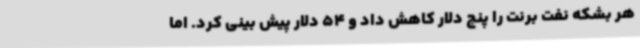
هر بشکه نفت برنت را پنج دلار کاهش داد و 54 دلار پیش بینی کرد. اما